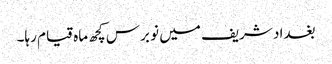
بغداد شریف میں نو برس کچھ ماہ قیام رہا۔